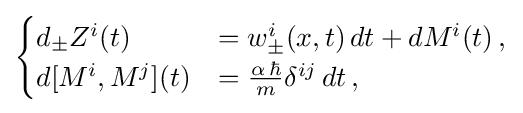
{\begin{cases}d_{\pm }Z^{i}(t)&=w_{\pm }^{i}(x,t)\,dt+dM^{i}(t)\,,\\d[M^{i},M^{j}](t)&={\frac {\alpha \,\hbar }{m}}\delta ^{ij}\,dt\,,\end{cases}}